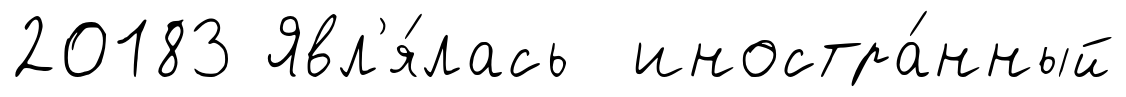
20183 Явл'я́лась иностра́нный